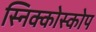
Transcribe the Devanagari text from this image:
स्निक्कोस्कोप